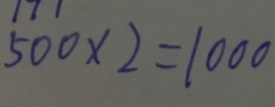
5 0 0 \times 2 = 1 0 0 0